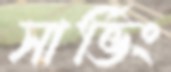
সার্ভিং